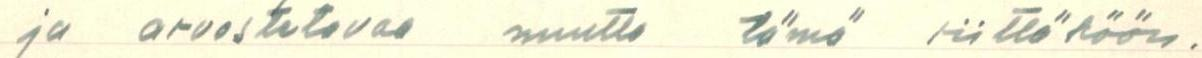
ja arvostetavaa mutta tämä riittäköön.